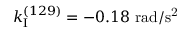
k _ { \mathrm { I } } ^ { ( 1 2 9 ) } = - 0 . 1 8 ~ \mathrm { r a d / s ^ { 2 } }